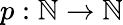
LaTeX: p:\mathbb{N}\to\mathbb{N}